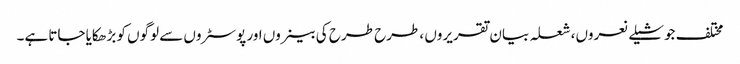
مختلف جوشیلے نعروں، شعلہ بیان تقریروں ، طرح طرح کی بینروں اور پوسٹروں سے لوگوں کو بڑھکایا جاتا ہے۔